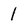
Character: 1